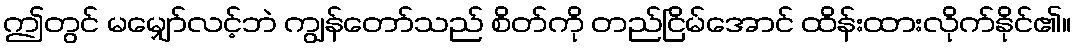
ဤတွင် မမျှော်လင့်ဘဲ ကျွန်တော်သည် စိတ်ကို တည်ငြိမ်အောင် ထိန်းထားလိုက်နိုင်၏။